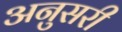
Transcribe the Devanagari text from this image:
अनुसरी